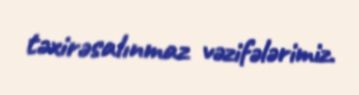
təxirəsalınmaz vəzifələrimiz.